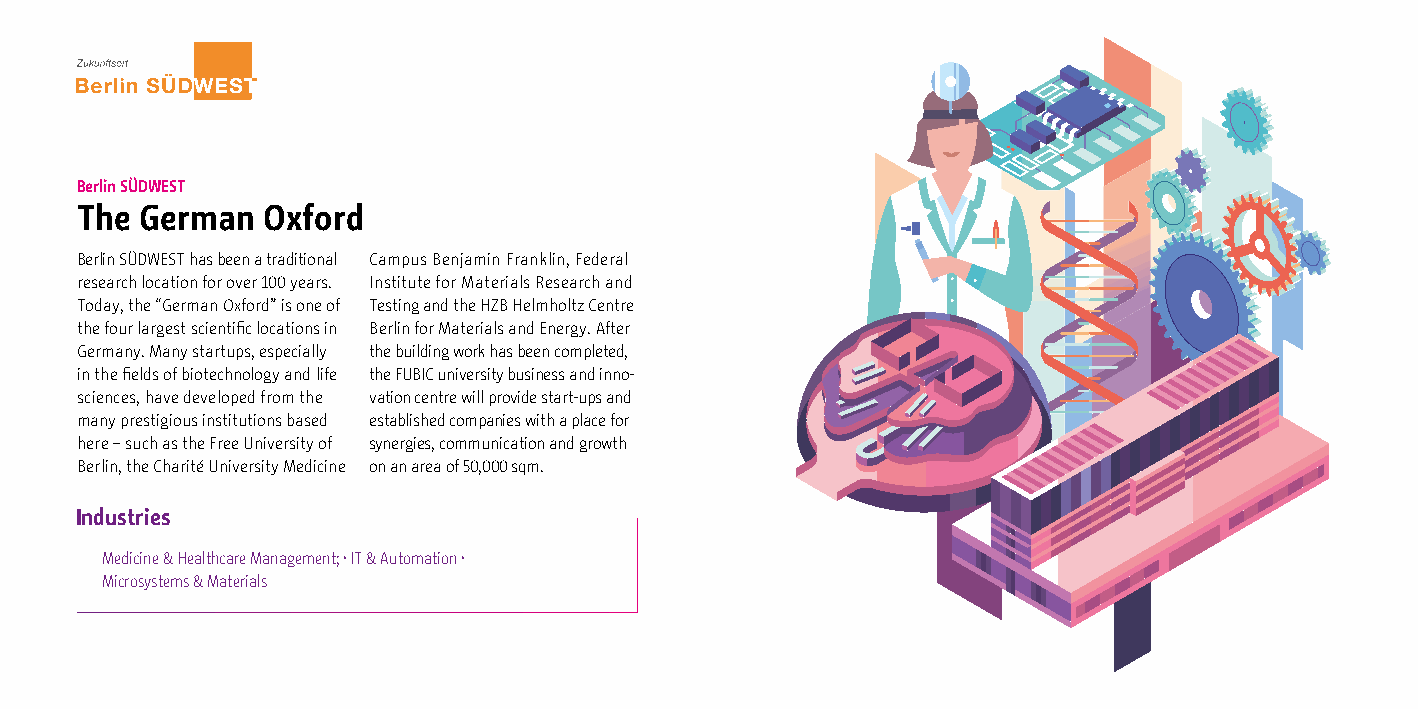
Berlin SÜDWEST
 The German  Oxford
 Berlin SÜDWEST has been a traditional Campus Benjamin Franklin, Federal
 research location for over 100 years. Institute for Materials Research and
 Today, the “German Oxford” is one of Testing and the HZB Helmholtz Centre
 the four largest scientific locations in Berlin for Materials and Energy. After
 Germany. Many startups, especially the building work has been completed,
 in the fields of biotechnology and life the FUBIC university business and inno-
 sciences, have developed from the vation centre will provide start-ups and
 many prestigious institutions based established companies with a place for
 here – such as the Free University of synergies, communication and growth
 Berlin, the Charité University Medicine on an area of 50,000 sqm.
 Industries
 Medicine & Healthcare Management; · IT & Automation ·
 Microsystems & Materials